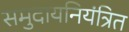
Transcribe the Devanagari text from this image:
समुदायनियंत्रित